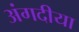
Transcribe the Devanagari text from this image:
अंगदीया